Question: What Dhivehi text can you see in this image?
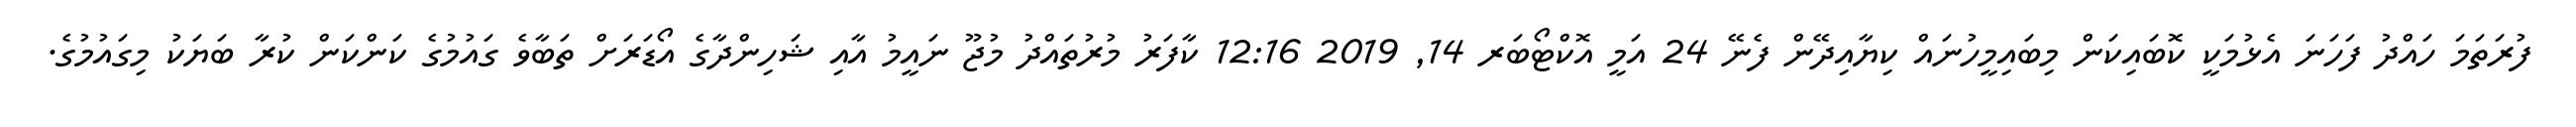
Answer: ފުރަތަމަ ހައްދު ފަހަނަ އެޅުމަކީ ކޮބައިކަން މިބައިމީހުނައް ކިޔާއިދޭން ފެނޭ 24 އަމީ އޮކްޓޯބަރ 14, 2019 12:16 ކާފަރު މުރުތައްދު މުޖޫ ނައީމު އާއި ޝަހިންދާގެ އޯޑަރަށް ތަބާވެ ގައުމުގެ ކަންކަން ކުރާ ބަޔަކު މިގައުމުގެ.